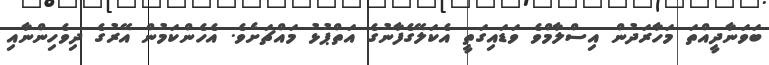
ބަވަނާދީއްތަ މަހާރަދުން އިސްލާމްވެ ވަޑައިގަތީ އެކަލޭގެފާނުގެ އަތްޕުޅު މައްޗަށެވެ. އެހެންކަމުން އޭރުގެ ދިވެހިންނާއި